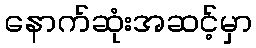
နောက်ဆုံးအဆင့်မှာ